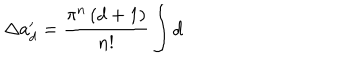
LaTeX: \Delta a _ { d } ^ { \prime } = \frac { \pi ^ { n } \, ( d + 1 ) } { { n } ! } \int \mathrm { d }